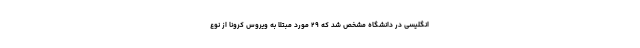
انگلیسی در دانشگاه مشخص شد که ۲۹ مورد مبتلا به ویروس کرونا از نوع